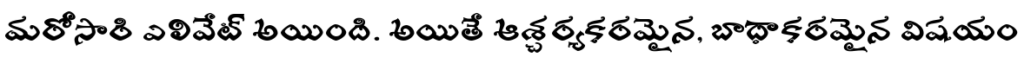
మరోసారి ఎలివేట్ అయింది. అయితే ఆశ్చర్యకరమైన, బాధాకరమైన విషయం